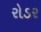
રોડર